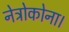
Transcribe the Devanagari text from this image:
नेत्रोकोना।